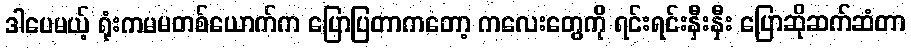
ဒါပေမယ့် ရုံးကမမတစ်ယောက်က ပြောပြတာကတော့ ကလေးတွေကို ရင်းရင်းနှီးနှီး ပြောဆိုဆက်ဆံတာ